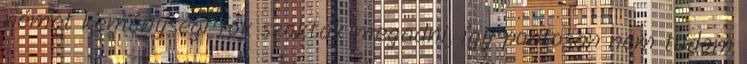
német keménységi fok szokták megadni, így pontosan nem tudom